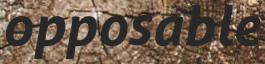
opposable